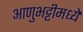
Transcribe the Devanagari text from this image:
आणुभट्टीमध्ये